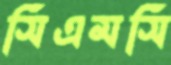
সিএমসি